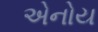
એનોય